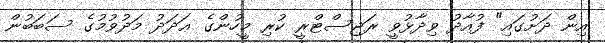
އިން ދަށުގައި" ފުއާދު ވިދާޅުވީ ރަޖިސްޓްރީ ކުރި މީހުންގެ ޢަދަދު މަދުވުމުގެ ސަބަބުން